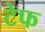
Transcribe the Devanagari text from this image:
टेफ